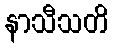
နာသီသတိ